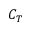
C _ { T }